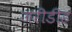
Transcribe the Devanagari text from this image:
जरीडीह